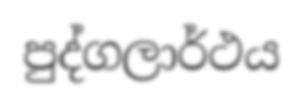
පුද්ගලාර්ථය